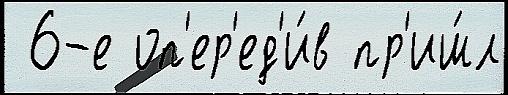
 6-е оп'ер'ед'и́в пр'иш́л